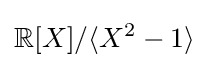
\mathbb {R} [X]/\langle X^{2}-1\rangle